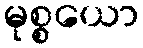
မုစ္စယော